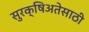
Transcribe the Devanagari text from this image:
सुरक्षिअतेसाठी